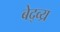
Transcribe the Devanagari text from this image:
बेद्व्य्र